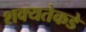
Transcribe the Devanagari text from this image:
शक्यतेकडे